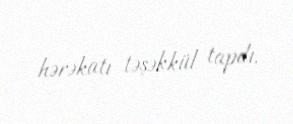
hərəkatı təşəkkül tapdı.